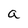
Character: a